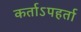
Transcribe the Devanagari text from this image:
कर्ताऽपहर्ता